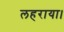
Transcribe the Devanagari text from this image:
लहराया।